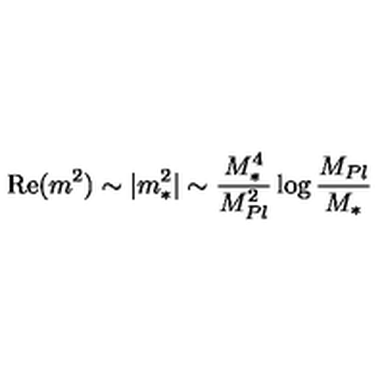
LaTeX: \mathrm { R e } ( m ^ { 2 } ) \sim | m _ { * } ^ { 2 } | \sim \frac { M _ { * } ^ { 4 } } { M _ { P l } ^ { 2 } } \log \frac { M _ { P l } } { M _ { * } }